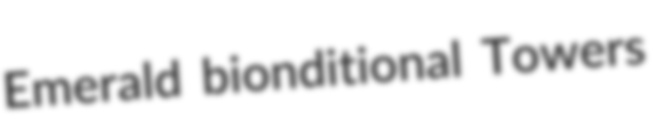
Emerald bionditional Towers